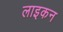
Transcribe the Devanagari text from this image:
लाइकन